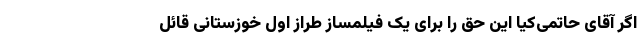
اگر آقای حاتمی‌کیا این حق را برای یک فیلمساز طراز اول خوزستانی قائل